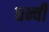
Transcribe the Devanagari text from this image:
धन्वी